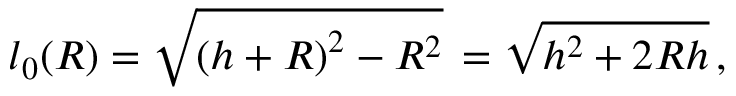
l _ { 0 } ( R ) = \sqrt { \left( h + R \right) ^ { 2 } - R ^ { 2 } } \, = \sqrt { h ^ { 2 } + 2 R h } \, ,